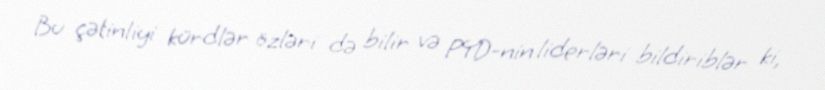
Bu çətinliyi kürdlər özləri də bilir və PYD-nin liderləri bildiriblər ki,